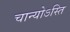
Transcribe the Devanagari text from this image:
चान्योऽस्ति